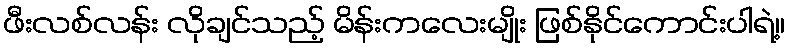
ဖီးလစ်လန်း လိုချင်သည့် မိန်းကလေးမျိုး ဖြစ်နိုင်ကောင်းပါရဲ့။